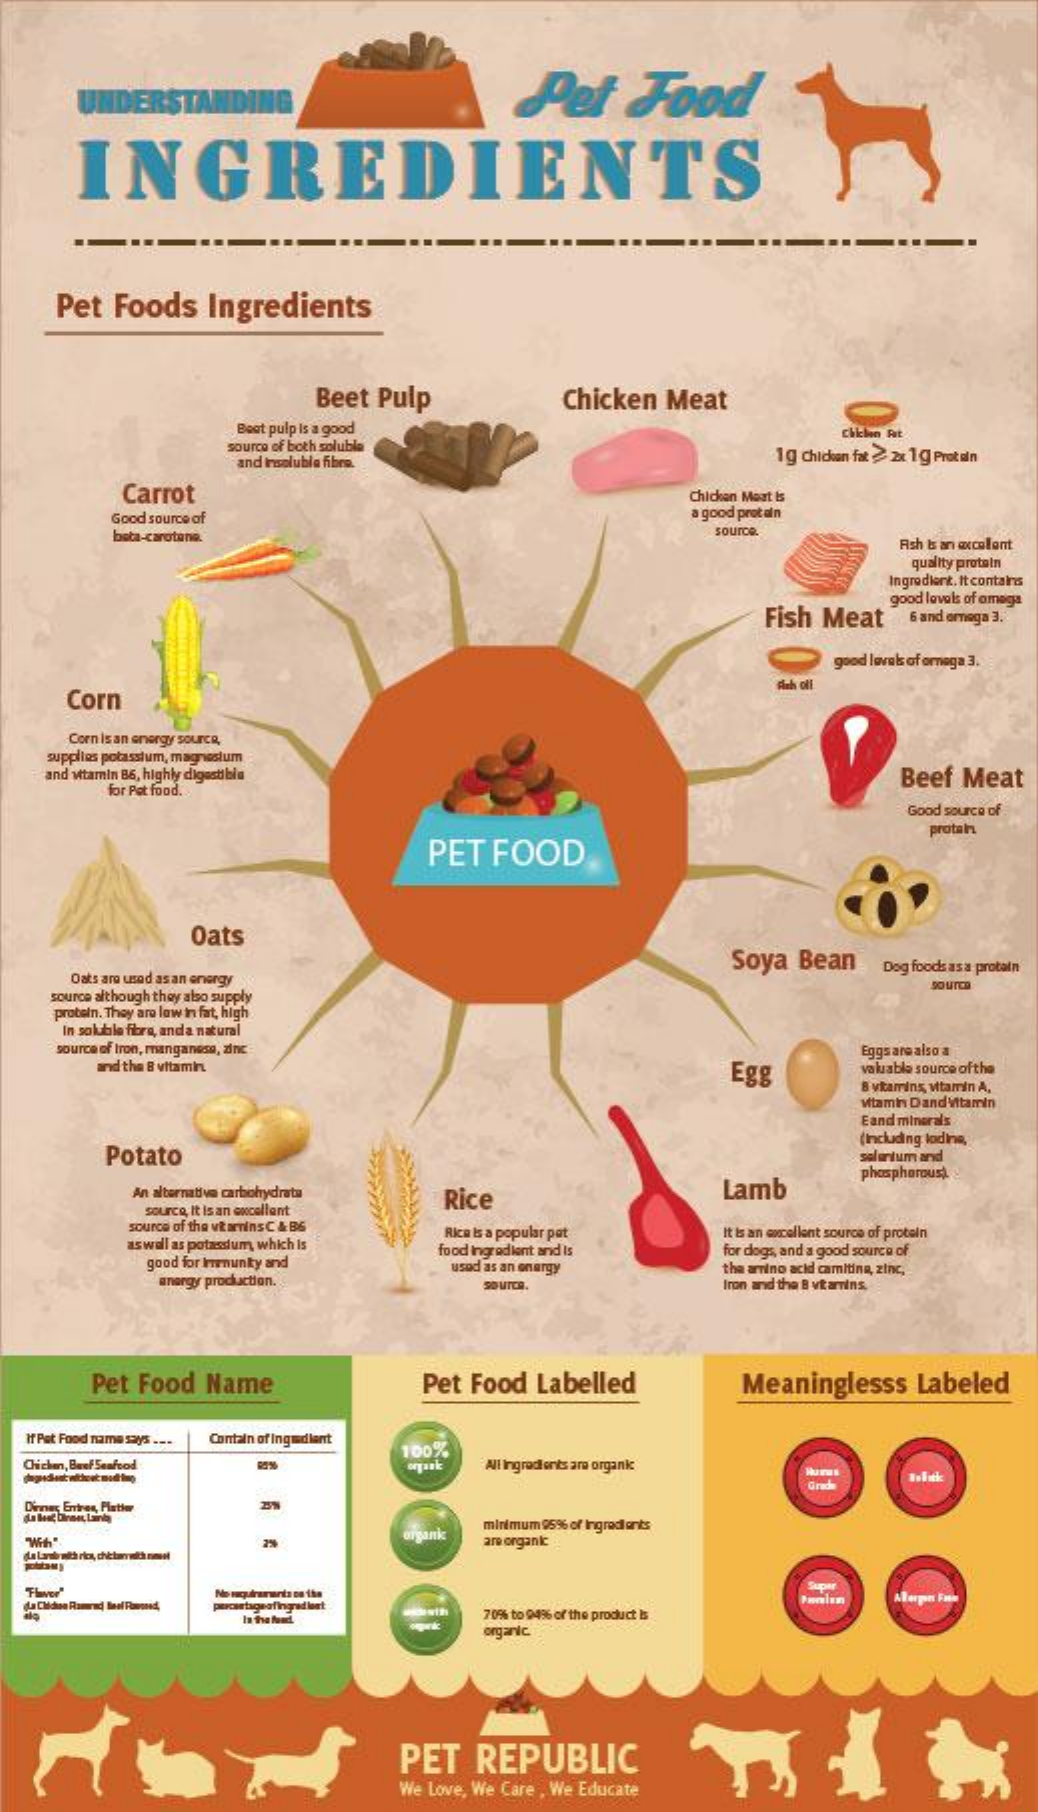
UNDERSTANDING    Pet  Food
    INGREDIENTS
   Pet Foods Ingredients
     Beet Pulp   Chicken Meat
     Boot pulp Is a good
     source of both soluble
     chiclen Fait
     and Insoluble fibre.    1g chichuan fat 2x 1g Prot ain
     Carrot    Chicken Meat Is
     Good source of    a good prot ain
     beta-carotene.    source.
     Ash Is an axcelant
     quality protein
     Ingrodiert. It contains
     Fish Meat
     good lovals of omega
     6 and omega 3.
     god løvals of omega 3.
    Corn
     Fah oll
    Corn Is an energy source,
   supplies potassium, magnesium
   and vitamin B6, highly digesti bia    Beef Meat
     for Pet food."
     Good source of
     PET FOOD
     protan
     Oats
     Soya Bean Dog foodsasa protaln
    Oats aro usad as an energy
   source although they also supply
   protein. They are low in fat, high
   In soluble fira, anda natural
   source of Iron, manganeso, zinc
     and the B vitamin    Egg
     Eggs are also a
     valuable source of the
     B vitamins, vitamin A.
     vitamin Dand Vitamin
     Eand minerals
     Potato
     (Including lodine,
     salantum and
     phosphorous)
     An alternative carbohydrate Rice Lamb
     source, It is an excellent
     source of the vitaminsC & B6
     aswell as potasdum, which is
     Rica Is a popular pat
     food ingredient and Is
     It Is an excellent source of protein
     good for Immunky and
     for dogs, and a good source of
     anargy prochaction.
     usod as an energy the amino acid camiting, zinc,
     sourca.    Iron and the B vitamins.
     Pet Food Name   Pet Food Labelled Meaninglesss Labeled
  If Pet Food name says ... Contain of Ingudlant
  Chicken, Beef Seafood
     100%
     All Ingredients are organk
     Grade
  Dinner Enrires, Plattor
     organk
     minimum 959% of Ingredi ants
     are organk
     Supar
     70% to 946 of the product Is
     organic
     PET REPUBLIC
     We Love, We Care , We Educate